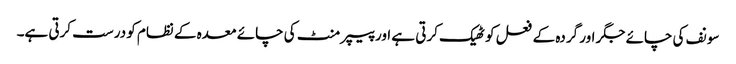
سونف کی چائے جگر اور گردہ کے فعل کو ٹھیک کرتی ہے اور پیپر منٹ کی چائے معدہ کے نظام کو درست کرتی ہے۔